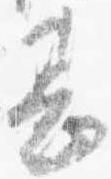
甚